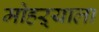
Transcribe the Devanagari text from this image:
मोहऱ्याला